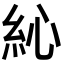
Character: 𥿂